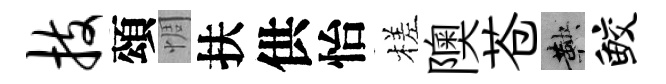
技頌惆扶供怡槎隩苍鞅鲛